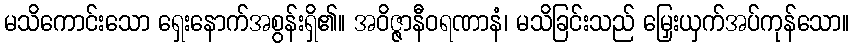
မသိကောင်းသော ရှေးနောက်အစွန်းရှိ၏။ အဝိဇ္ဇာနီဝရဏာနံ၊ မသိခြင်းသည် မြှေးယှက်အပ်ကုန်သော။